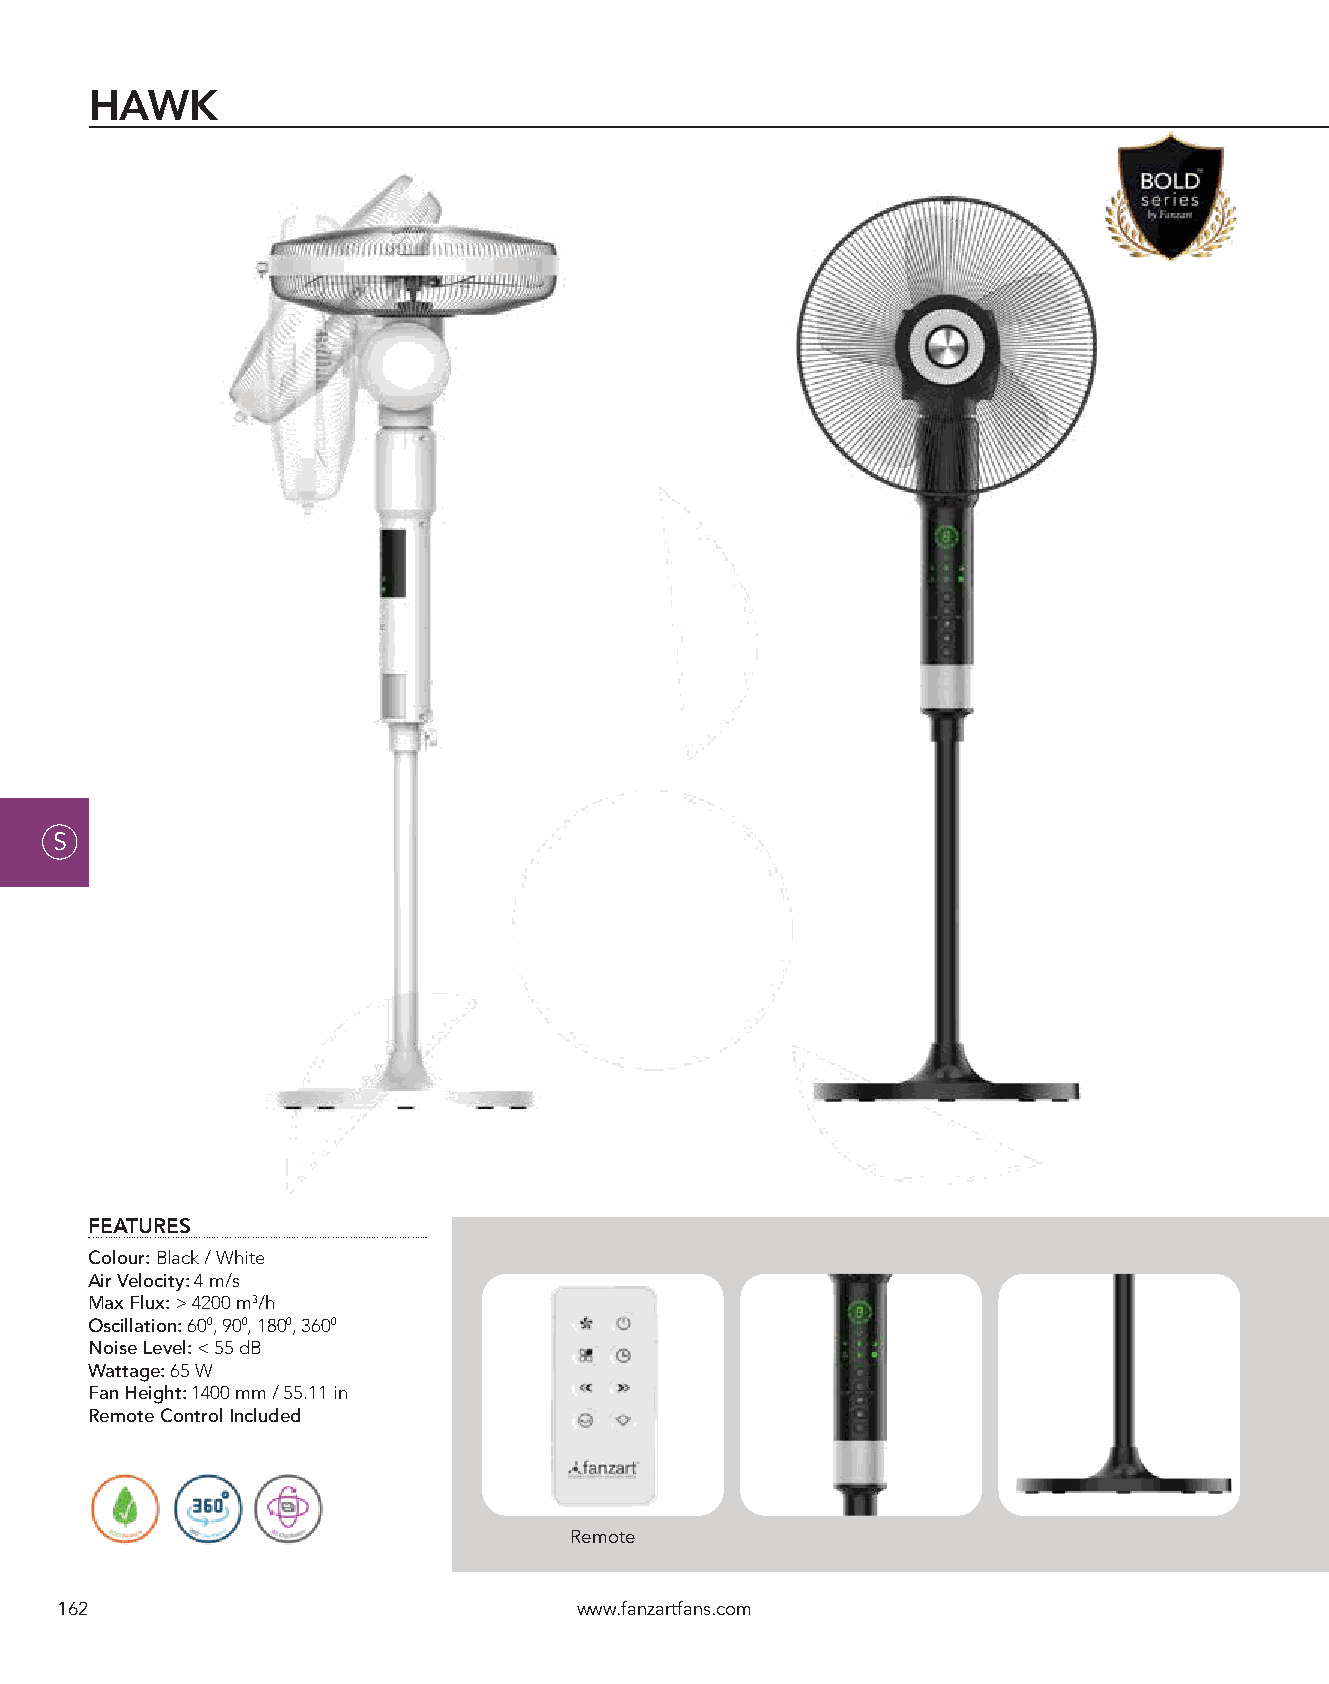
HAWK
 S
 FEATURES
 Colour: Black / White
 Air Velocity: 4 m/s
 Max Flux: > 4200 m3/h
 Oscillation: 600, 900, 1800, 3600
 Noise Level: < 55 dB
 Wattage: 65 W
 Fan Height: 1400 mm / 55.11 in
 Remote Control Included
 Remote
 162                               www.fanzartfans.com